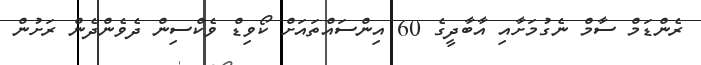
ރެންޑަމް ސާމް ނެގުމަށާއި އާބާދީގެ 60 އިންސައްތައަށް ކޯވިޑް ވެކްސިން ދެވެންދެން ރަށުން